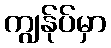
ကျွန်ုပ်မှာ